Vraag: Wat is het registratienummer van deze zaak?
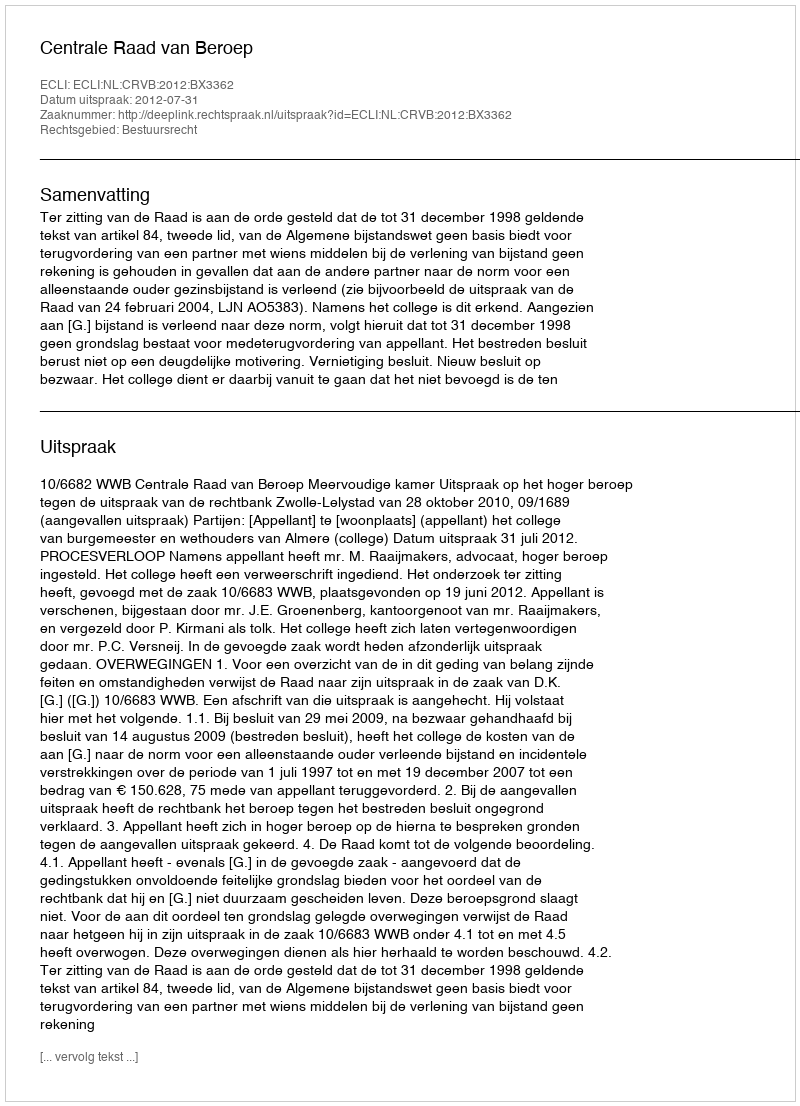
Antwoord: http://deeplink.rechtspraak.nl/uitspraak?id=ECLI:NL:CRVB:2012:BX3362